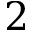
2